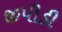
જીપીડી